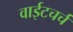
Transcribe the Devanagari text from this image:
वाईटचर्च